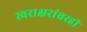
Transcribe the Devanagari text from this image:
स्वराक्षरांवरही